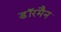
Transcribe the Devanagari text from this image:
डॉरमैन